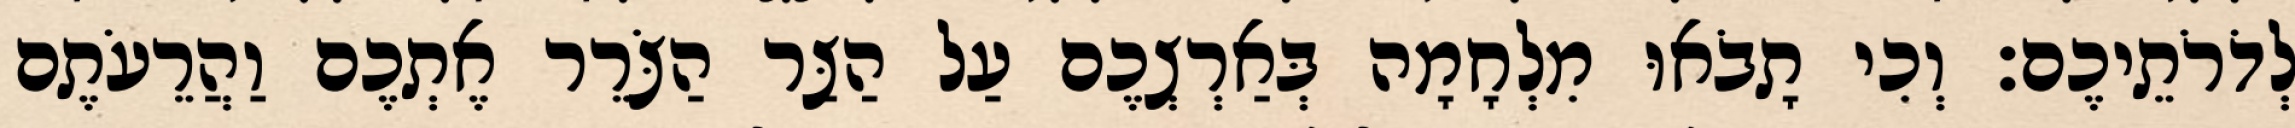
לְדֹרֹתֵיכֶם׃ וְכִי תָבֹאוּ מִלְחָמָה בְּאַרְצְכֶם עַל הַצַּר הַצֹּרֵר אֶתְכֶם וַהֲרֵעֹתֶם